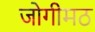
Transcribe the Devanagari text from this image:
जोगीमठ